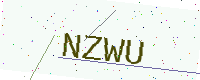
Text: NZWU